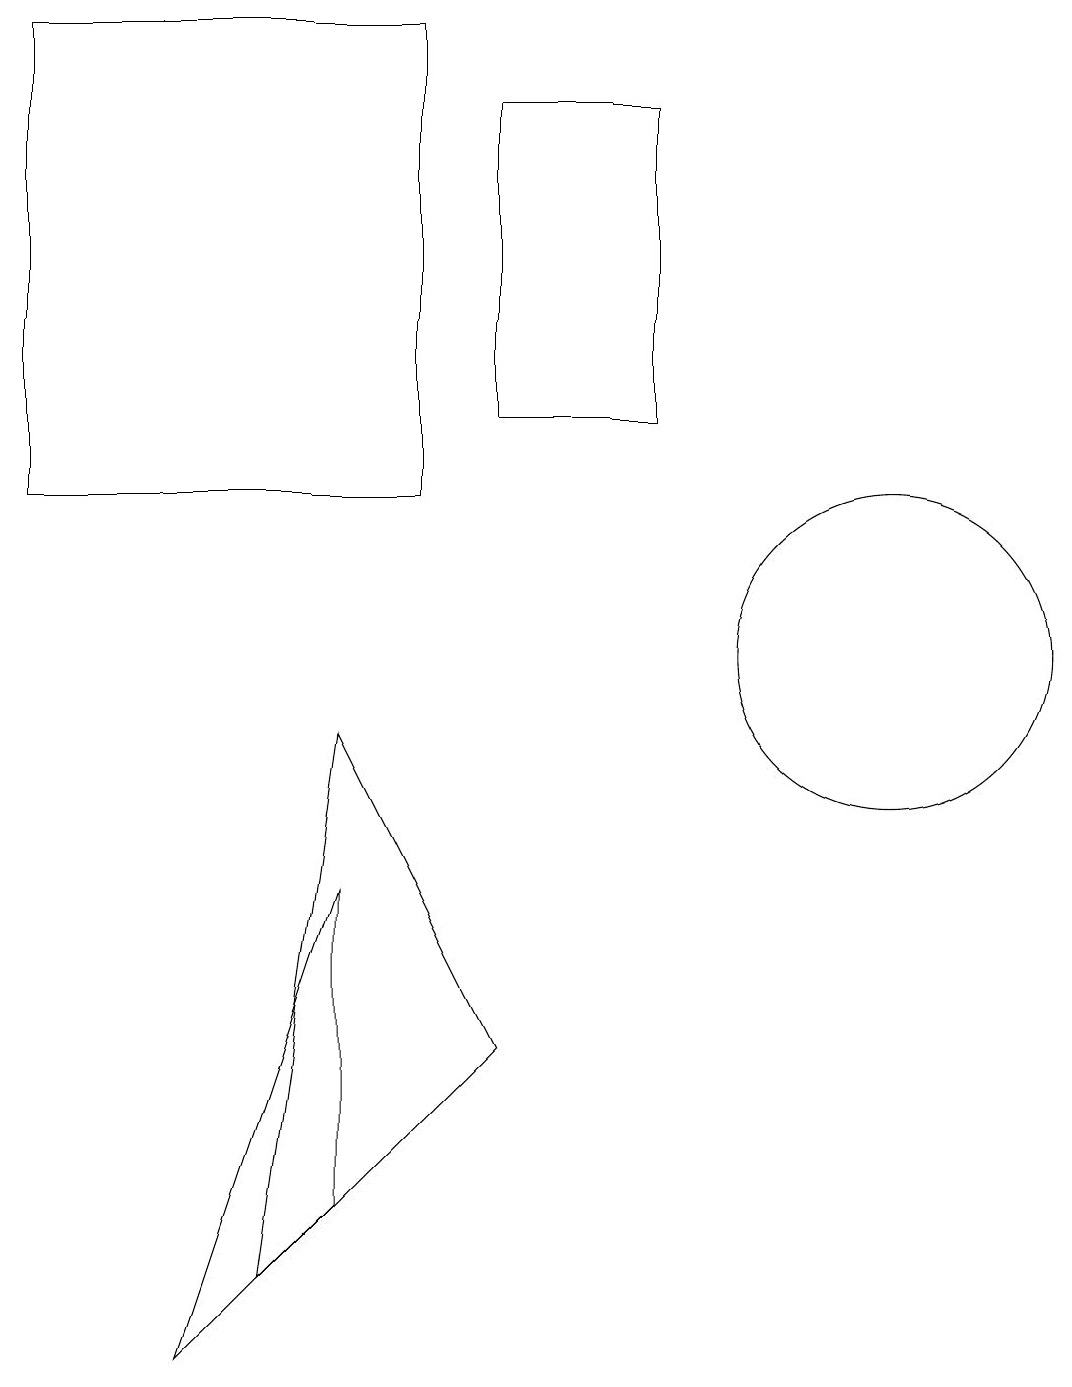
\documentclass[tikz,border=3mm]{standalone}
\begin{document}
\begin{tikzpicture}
\draw (7,5) -- (4,2) -- (5,9) -- cycle;
\draw (12,10) circle (2);
\draw (7,13) rectangle (9,17);
\draw (5,7) -- (3,1) -- (5,3) -- cycle;
\draw (1,18) rectangle (6,12);
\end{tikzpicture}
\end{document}